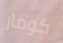
كومار